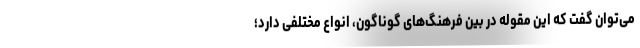
می‌توان گفت که این مقوله در بین فرهنگ‌های گوناگون، انواع مختلفی دارد؛